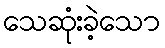
သေဆုံးခဲ့သော